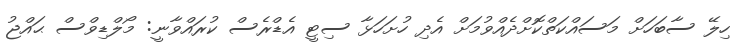
ހިލޭ ސާބަހަށް މަސައްކަތްކޮށްދެއްވުމަށް އެދި ހުށަހަޅާ ސިޓީ އެޑްރެސް ކުރައްވާނީ: މޯލްޑިވްސް ޙައްޖު